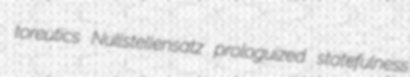
toreutics Nullstellensatz prologuized statefulness